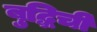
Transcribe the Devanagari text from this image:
बुद्धिची